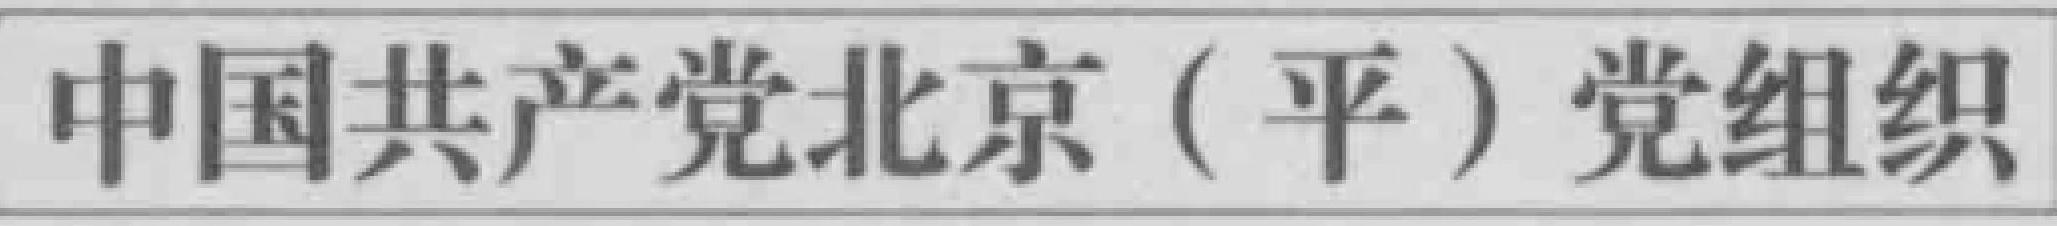
中国共产党北京（平）党组织